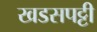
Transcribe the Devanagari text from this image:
खडसपट्टी